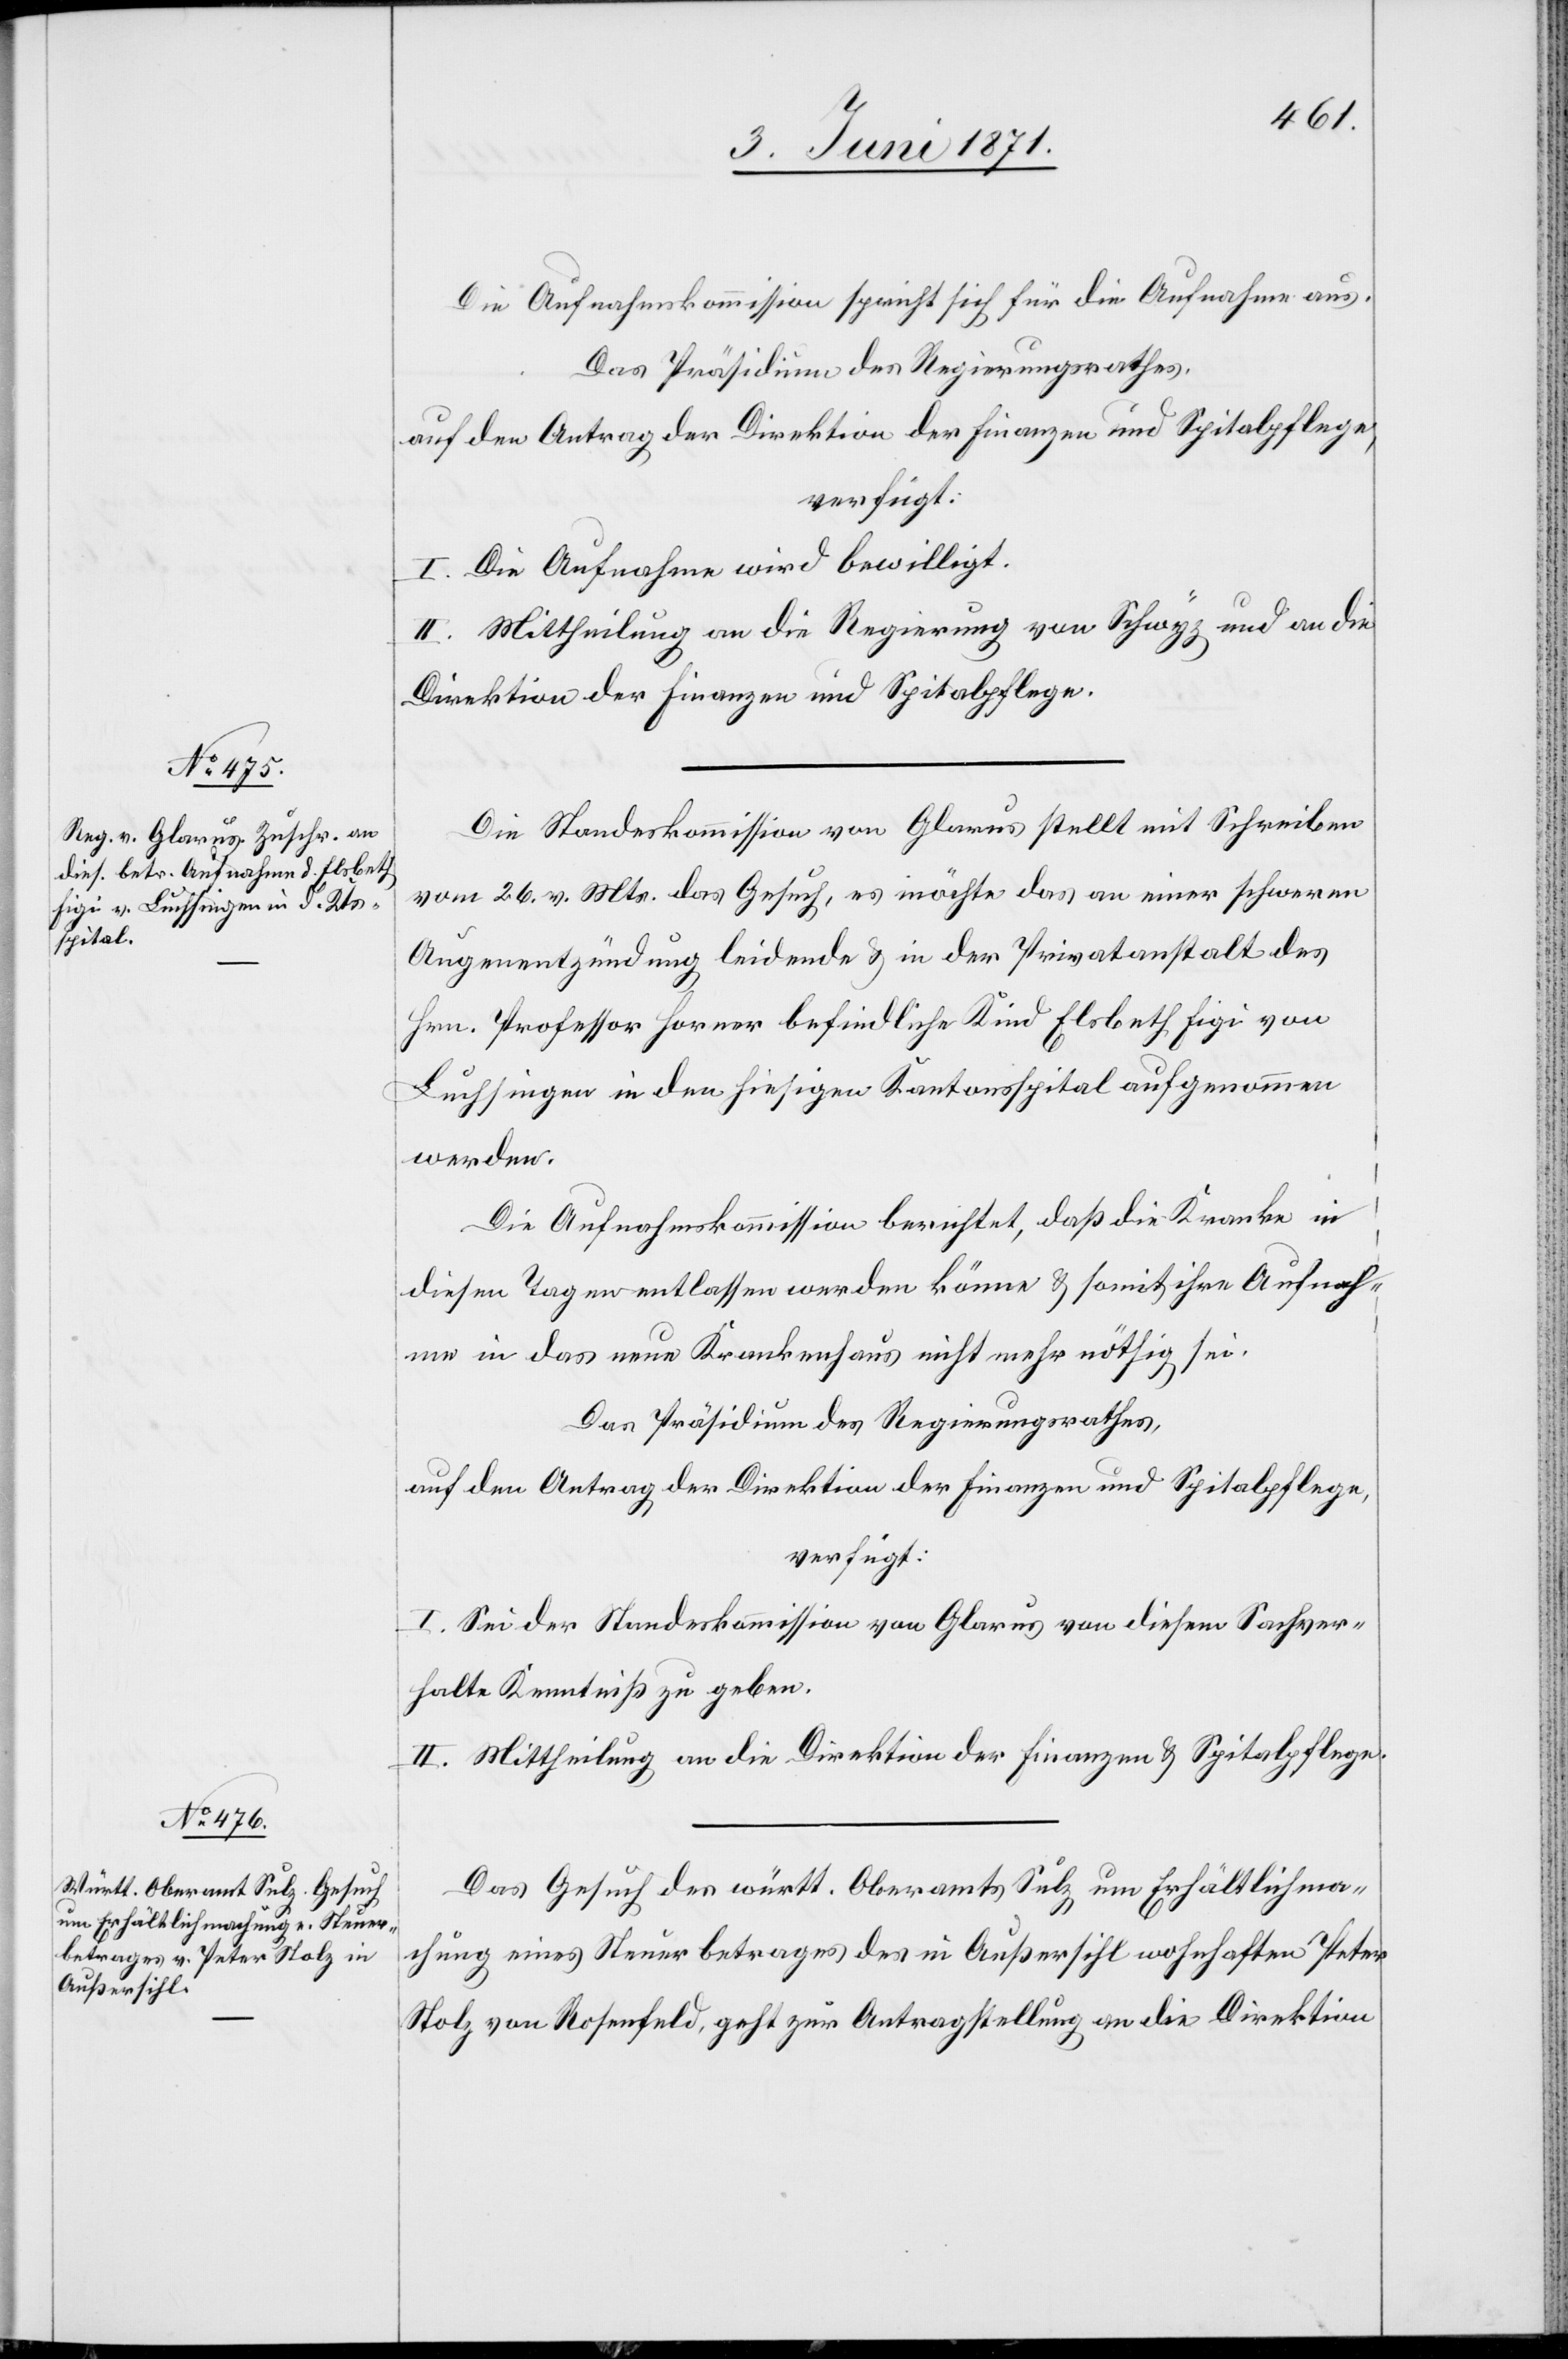
5. Juni 1871.]
Die Aufnahmskommission spricht sich für die Aufnahme aus.
Das Präsidium des Regierungsrathes,
auf den Antrag der Direktion der Finanzen und Spitalpflege,
verfügt:
I. Die Aufnahme wird bewilligt.
II. Mittheilung an die Regierung von Schwyz und an die
Direktion der Finanzen und Spitalpflege.
Die Standeskommission von Glarus stellt mit Schreiben
vom 26. v. Mts. das Gesuch, es möchte das an einer schweren
Augenentzündung leidende u. in der Privatanstalt des
Hrn. Professor Forner befindliche Kind Elsbeth Figi von
Luchsingen in den hiesigen Kantonsspital aufgenommen
werden.
Die Aufnahmskommission berichtet, daß die Kranke in
diesen Tagen entlassen werden könne u. somit ihre Aufnah¬
me in das neue Krankenhaus nicht mehr nöthig sei.
Das Präsidium des Regierungsrathes,
auf den Antrag der Direktion der Finanzen und Spitalpflege,
verfügt:
I. Sei der Standeskommission von Glarus von diesem Sachver¬
halte Kenntniß zu geben.
II. Mittheilung an die Direktion der Finanzen u. Spitalpflege.
Das Gesuch des württ. Oberamts Sulz um Erhältlichma¬
chung eines Steuerbetrages des in Außersihl wohnhaften Peter
Nolz von Rosenfeld, geht zur Antragstellung an die Direktion